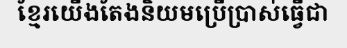
ខ្មែរយើងតែងនិយមប្រើប្រាស់ធ្វើជា